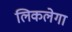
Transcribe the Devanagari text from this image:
लिकलेगा